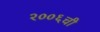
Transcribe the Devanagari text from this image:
२००६ची